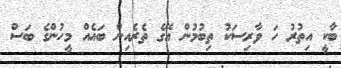
ބާކީ އިތުރު ހަ ވާރިސަކު ތިބުމުން އޭގެ ތެރެއިން ބައެއް މީހުންގެ ބަސް